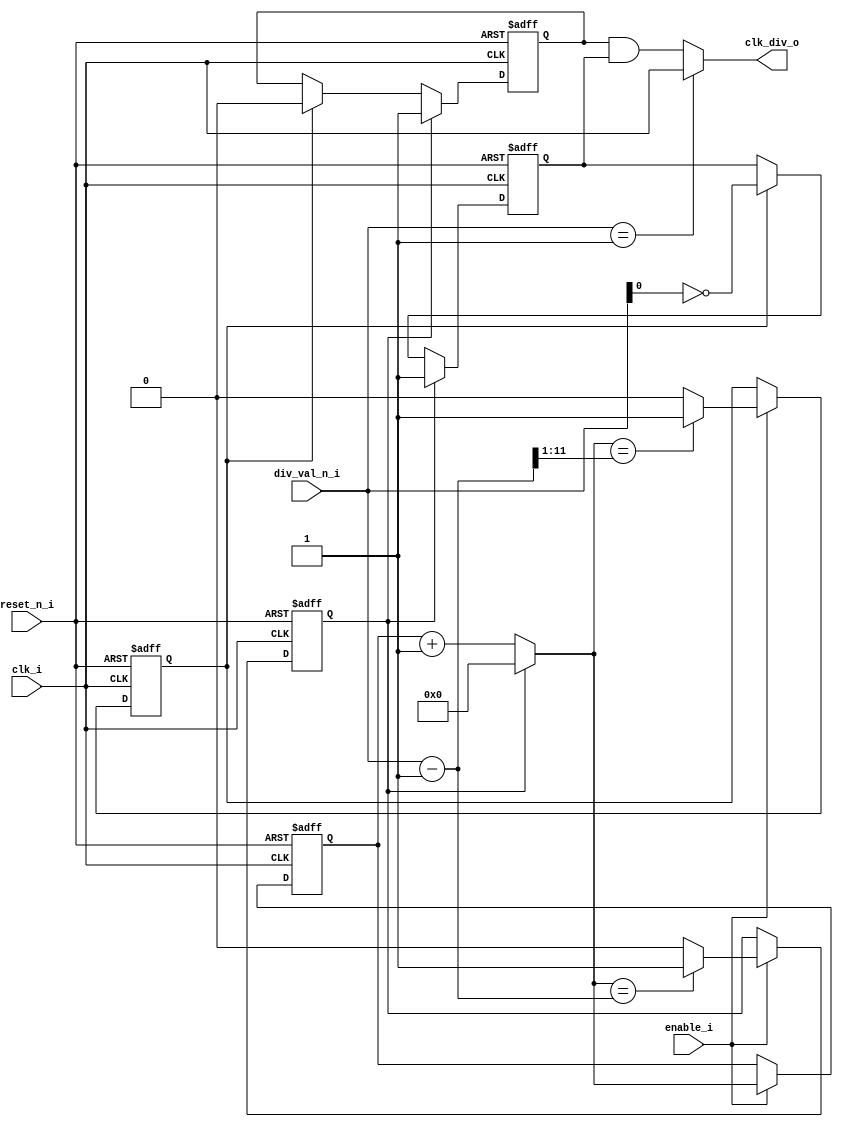
/*
 * Module      : tb_w_icons_top
 * Project Name: W_ICONS
 * Company     : Blackrock Neurotech
 */
`timescale 1ns/1ps

module common_clkdiv_by_n (
    clk_i,
    reset_n_i,
    clk_div_o,
    div_val_n_i,
    enable_i
);

    parameter DIV_VAL_N_W = 12;
    /* icglue keep begin parameters *//* icglue keep end */

    input                    clk_i;
    input                    reset_n_i;
    output                   clk_div_o;
    input  [DIV_VAL_N_W-1:0] div_val_n_i;
    input                    enable_i;
    /* icglue keep begin declarations */
    wire                     clkdiv;
    reg                     clkdiv_p;
    reg                     clkdiv_n;

    reg    [DIV_VAL_N_W-1:0] count;
    wire   [DIV_VAL_N_W-1:0] next_count;
    wire   [DIV_VAL_N_W-1:0] div_val_minus_1;
    wire                     clk_n;
    reg                      set_clk;
    reg                      reset_clk;
    

    assign div_val_minus_1 = div_val_n_i - 1;
    assign next_count      = set_clk ? 'b0 : count + 1;
    assign clk_n           = clk_i;


    always@(posedge clk_i or negedge reset_n_i) begin
        if (reset_n_i == 1'b0) begin
            count     <= 'd0;
            set_clk   <= 1'd0;
            reset_clk <= 1'd0;
        end else if (enable_i) begin
            count <= next_count;

            /* posedge at end of period (last counter value) */
            if (next_count == div_val_minus_1) begin
                set_clk <= 1'd1;
            end else begin
                set_clk <= 1'd0;
            end

            /* negedge at half period (half of last counter value) */
            if (next_count == {1'b0,div_val_minus_1[DIV_VAL_N_W-1:1]}) begin
                reset_clk <= 1'd1;
            end else begin
                reset_clk <= 1'd0;
            end
        end
    end


    reg clkdiv_p_next;
    reg clkdiv_n_next;

    always @(clkdiv_p or clkdiv_n or set_clk or reset_clk or div_val_n_i) begin
        clkdiv_p_next = clkdiv_p;
        clkdiv_n_next = clkdiv_n;

        if (set_clk) begin
            clkdiv_p_next = 1'b1;
            clkdiv_n_next = 1'b1;
        end else if (reset_clk) begin
            clkdiv_p_next = 1'b0;
            clkdiv_n_next = ~div_val_n_i[0];
        end
    end

    //TBD: this to be replaced by clk_ff cell
    always@(posedge clk_i or negedge reset_n_i) begin
        if (reset_n_i == 1'b0) begin
            clkdiv_p <= 1'b0;
        end else begin
            clkdiv_p <= clkdiv_p_next;
        end
    end 

    //TBD: this to be replaced by clk_ff cell
    always@(posedge clk_n or negedge reset_n_i) begin
        if (reset_n_i == 1'b0) begin
            clkdiv_n <= 1'b0;
        end else begin
            clkdiv_n <= clkdiv_n_next;
        end
    end    


    // TBD: this part to be replaced by clk_and cell
    assign clkdiv    = clkdiv_p & clkdiv_n; 
    
    // TBD: this part to be replaced by clk_mux cell
    assign clk_div_o = (div_val_n_i == 'd1)? clk_i : clkdiv;



    /* icglue keep end */
endmodule